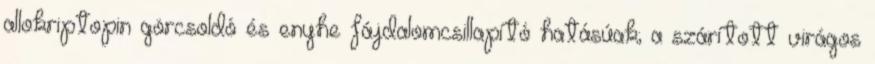
allokriptopin görcsoldó és enyhe fájdalomcsillapító hatásúak; a szárított virágos